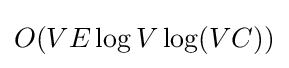
O(VE\log V\log(VC))